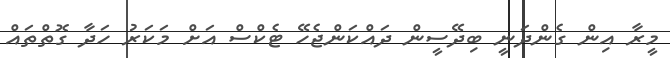
މީރާ އިން ގެންދަނީ ބިދޭސީން ދައްކަންޖެހޭ ޓެކްސް އަށް މަކަރު ހަދާ ގޮތްތައް